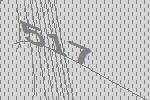
517